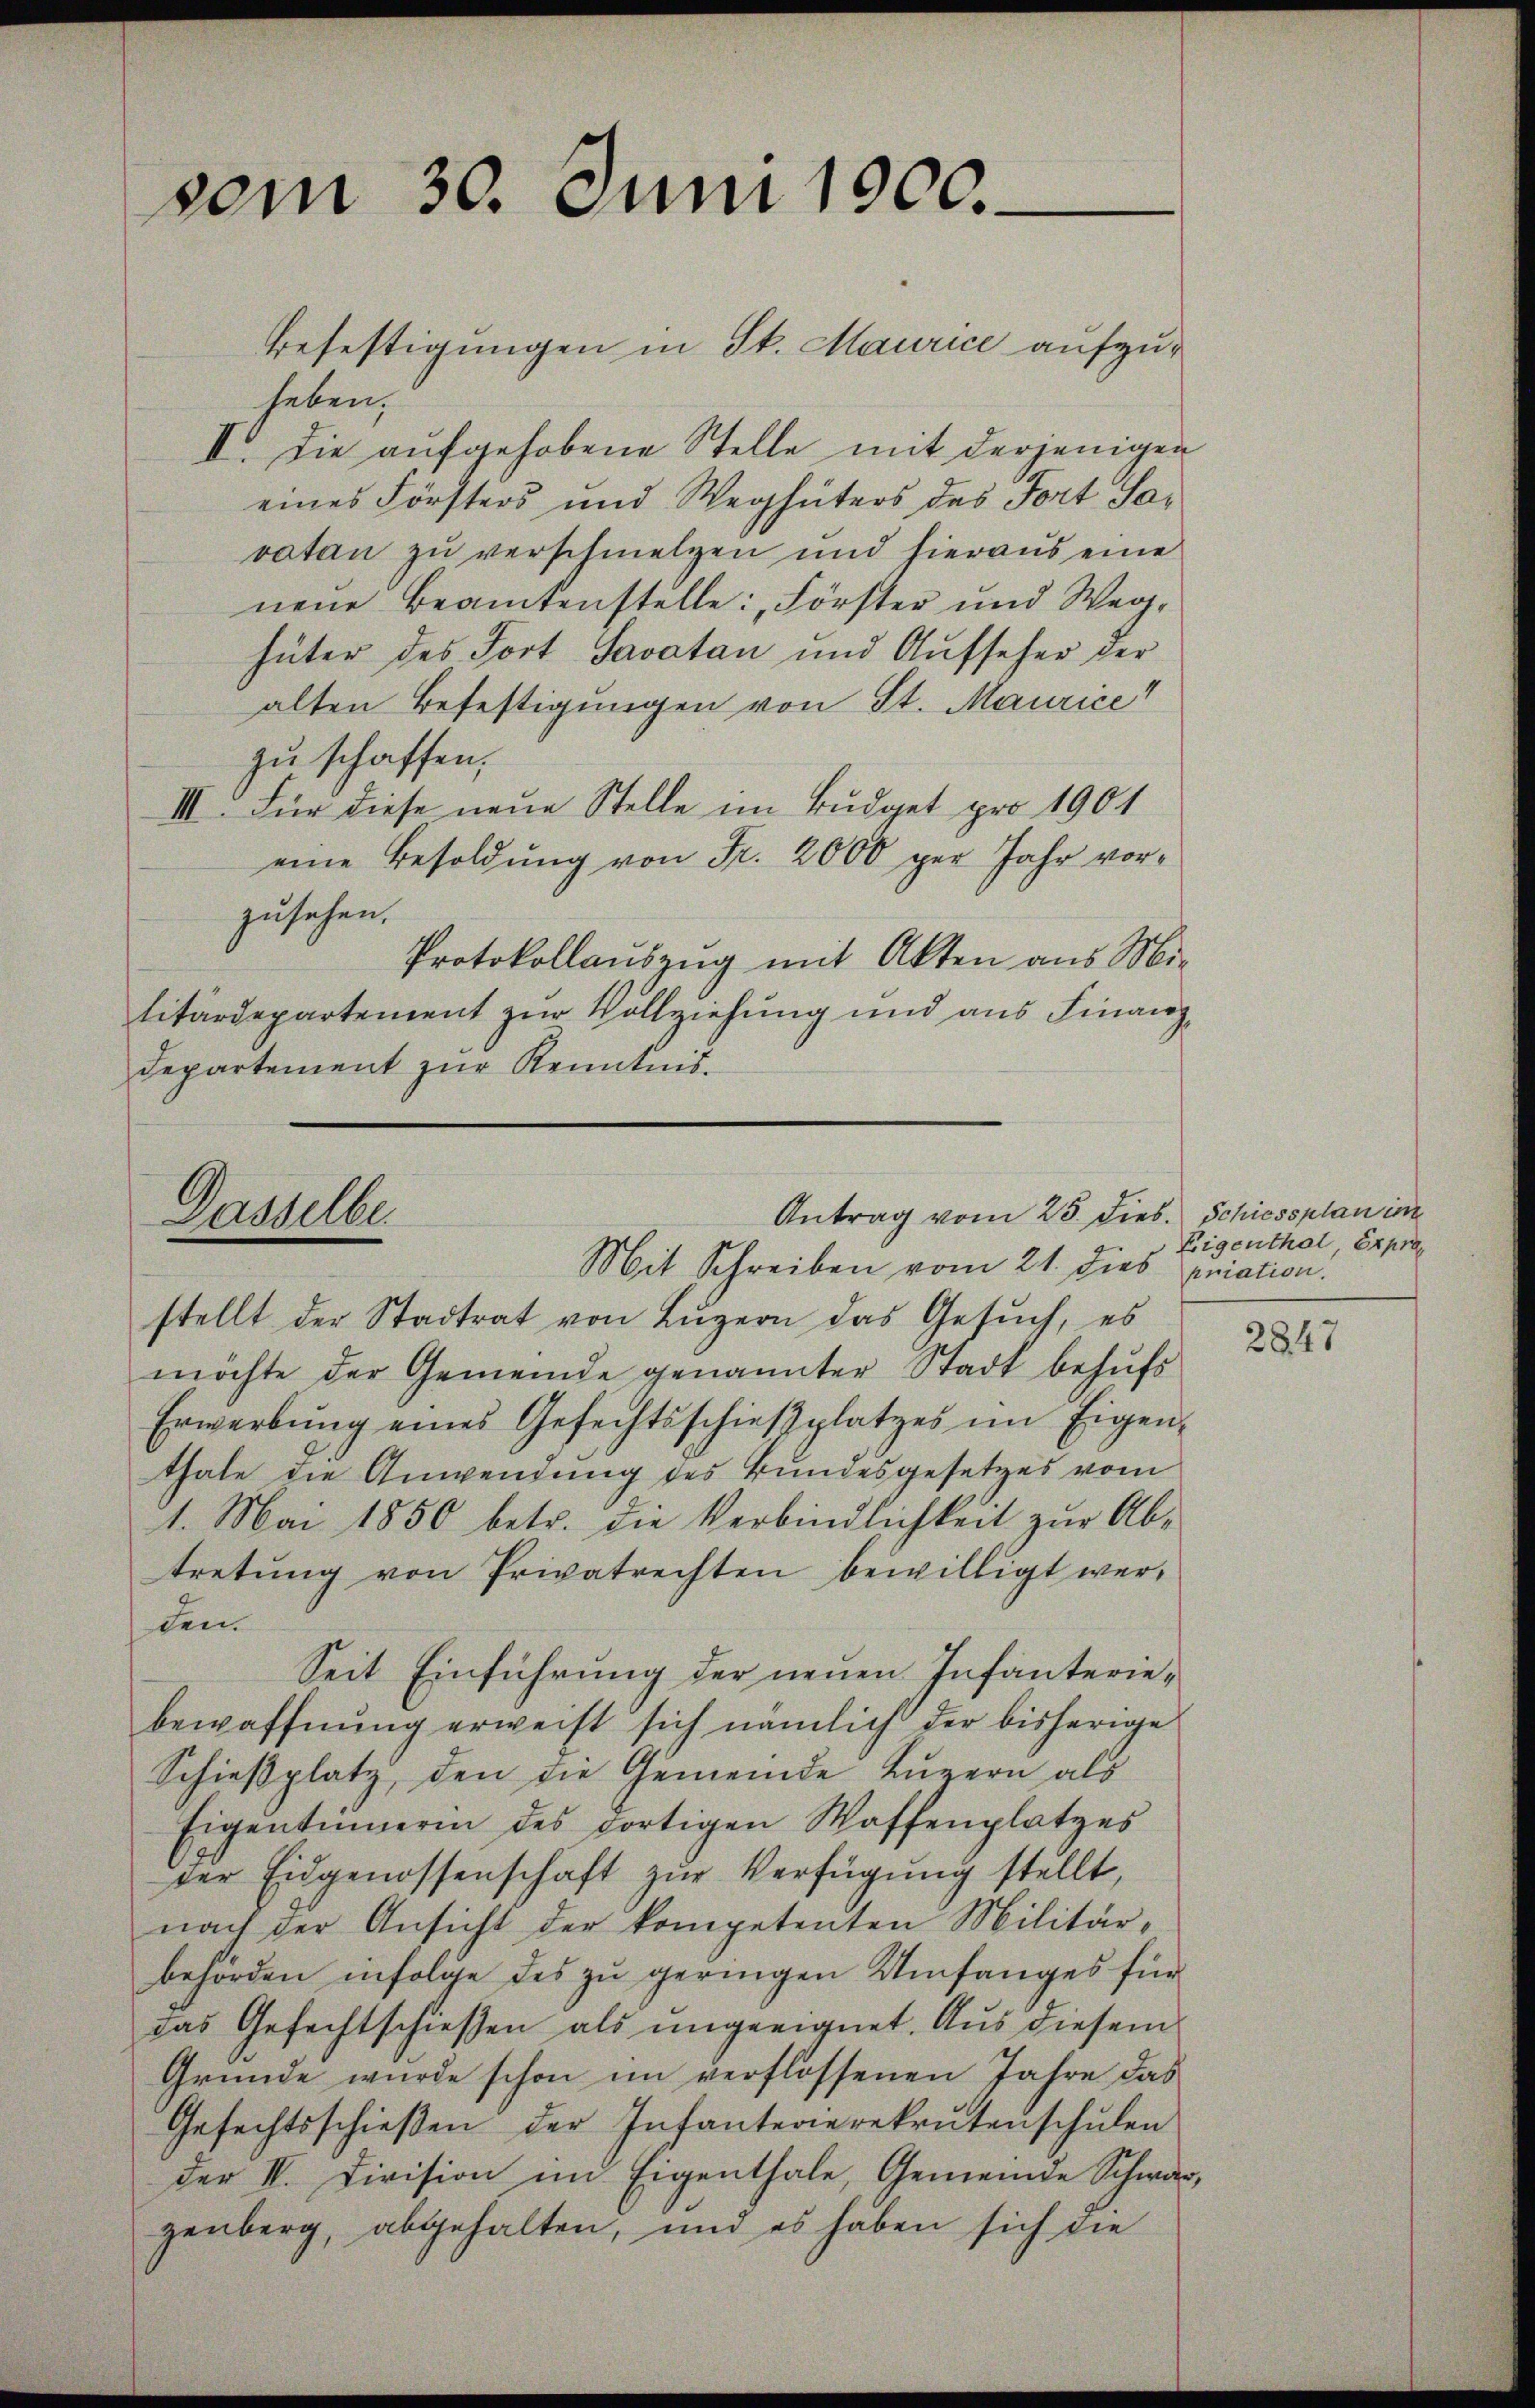
vom 30. Juni 1900.

Antrag vom 25. dies. Schiessplan im
Dasselber
Mit Schreiben vom 21. dies priation.

Befestigungen in St. Maurice aufzuheben,
II. Die aufgehobene Stelle mit derjenigen
eines Försters und Weghüters des Fort Savatan zu verschmelzen und hieraus eine
neue Beamtenstelle: „Förster und Weghüter des Fort Savatan und Aufseher der
alten Befestigungen von St. Maurice
zu schaffen,
III. Für diese neue Stelle im Budget pro 1901
eine Besoldung von Fr. 2000 per Jahr vorzusehen.
Protokollauszug mit Akten aus Mi-
litardepartement zur Vollziehung und aus Finanz¬
Departement zur Kenntnis¬

stellt der Stadtrat von Lŭzern das Gesŭch, es
möchte der Gemeinde genannter Stadt behufs
Erwerbŭng eines Gefechtsschieβplatzes im Eigen-
thale die Anwendung des Bundesgesetzes vom
1. Mai 1850 betr. die Verbindlichkeit zŭr Ab-
tretŭng von Privatrechten bewilligt werden.
Seit Einführung der neuen Infanteriebewaffnung erweist sich nämlich der bisherige
Schießplatz, den die Gemeinde Luzern als
Eigentümerin des dortigen Waffenplatzes
der Eidgenossenschaft zur Verfügung stellt,
nach der Ansicht der kompetenten Militär-
behörden infolge des zu geringen Umfanges für
das Gefechtschießen als ungeeignet. Aus diesem
Gründe wurde schon im verflossenen Jahre das
Gefechtsschieβen der Infanterierekrutenschŭlen
der II. Division im Eigenthale, Gemeinde Schwarz
zenberg, abgehalten, und es haben sich die

Eigenthal, Expro

2847